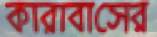
কারাবাসের